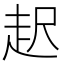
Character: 𧺫